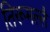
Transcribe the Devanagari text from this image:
तिरूमल्लै